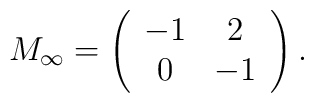
M_{\infty}= \left( \begin{array}{cc} -1 & 2 \\ 0 & -1 \end{array} \right).